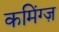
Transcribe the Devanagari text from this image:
कमिंग्ज़